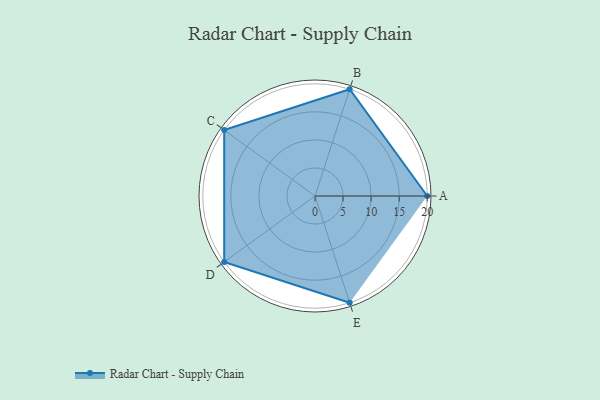
{"axis": {"x": "Skill", "y": "Score"}, "legend": ["Profile"], "data": [{"x": "A", "y": 20, "type": "Profile"}, {"x": "B", "y": 20, "type": "Profile"}, {"x": "C", "y": 20, "type": "Profile"}, {"x": "D", "y": 20, "type": "Profile"}, {"x": "E", "y": 20, "type": "Profile"}]}